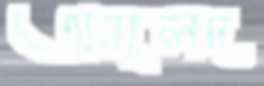
অমূলদ